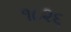
૧૮૨૬